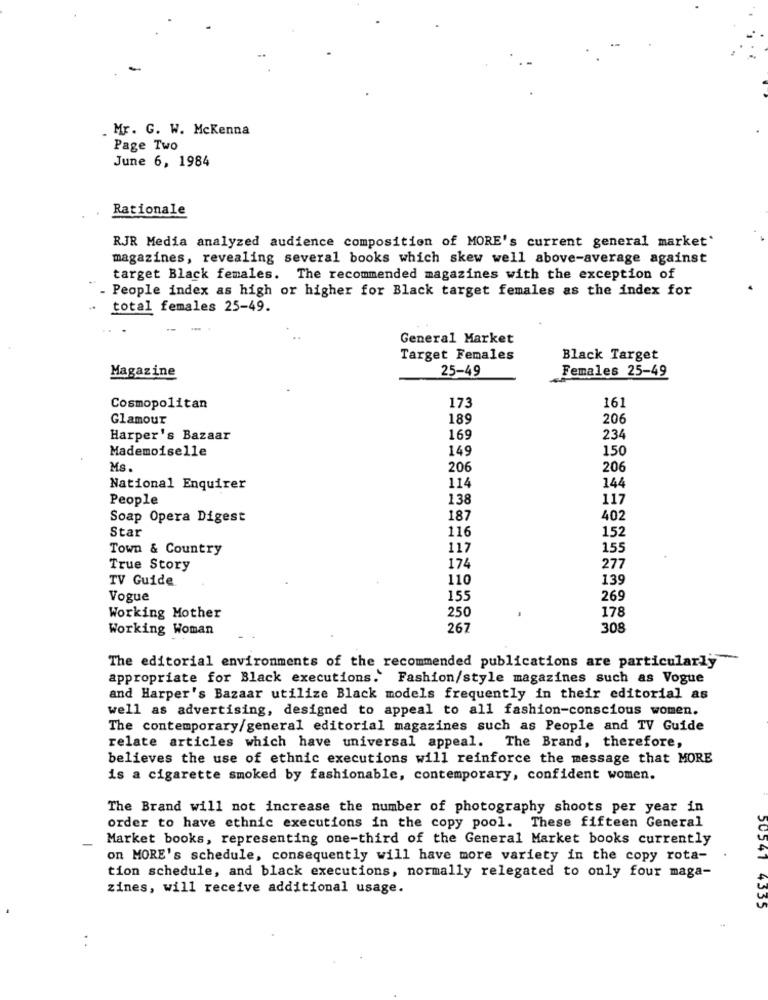
. Mr. G. W. Mckenna
Page Two
June 6, 1984
Rationale
RJR Media analyzed audience composition of MORE's current general market'
magazines, revealing several books which skew well above-average against
target Black females. The recommended magazines with the exception of
People index as high or higher for Black target females as the index for
total females 25-49.
General Market
Target Females
Black Target
Magazine
25-49
Females 25-49
173
161
Cosmopolitan
Glamour
189
206
Harper's Bazaar
169
234
Mademoiselle
149
150
Ms
206
206
National Enquirer
114
144
People
138
117
Soap Opera Digest
187
402
Star
116
152
Town & Country
117
155
277
True Story
174
TV Guide
110
139
Vogue
155
269
250
178
Working Mother
Working Woman
267
308
The editorial environments of the recommended publications are particularly
appropriate for Black executions. Fashion/style magazines such as Vogue
and Harper's Bazaar utilize Black models frequently in their editorial as
well as advertising, designed to appeal to all fashion-conscious women.
The contemporary/general editorial magazines such as People and TV Guide
relate articles which have universal appeal.
The Brand, therefore,
believes the use of ethnic executions will reinforce the message that MORE
is a cigarette smoked by fashionable, contemporary, confident women.
The Brand will not increase the number of photography shoots per year in
order to have ethnic executions in the copy pool. These fifteen General
Market books, representing one-third of the General Market books currently
on MORE's schedule, consequently will have more variety in the copy rota-
tion schedule, and black executions, normally relegated to only four maga-
zines, will receive additional usage.
50541 4335
. .